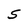
Character: S